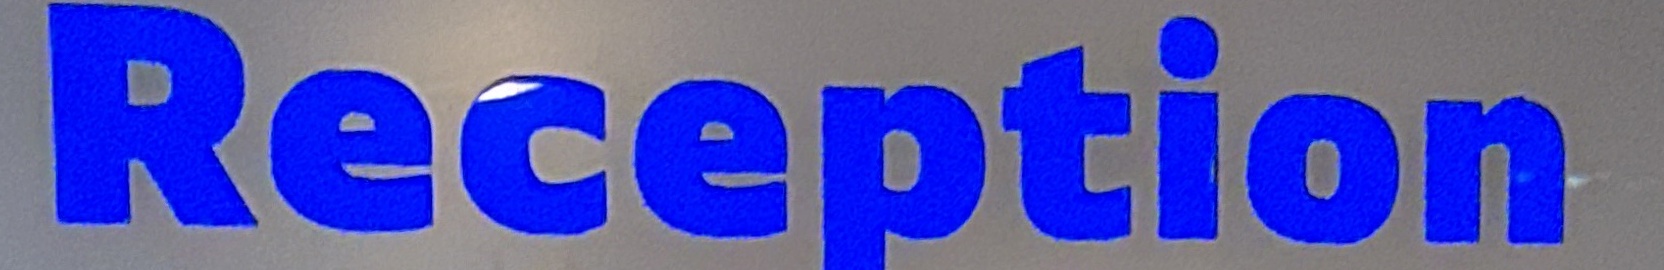
Reception